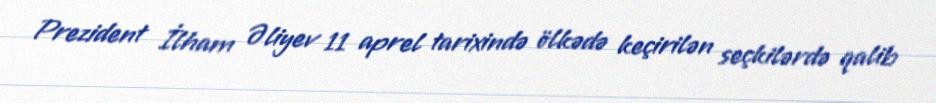
Prezident İlham Əliyev 11 aprel tarixində ölkədə keçirilən seçkilərdə qalib